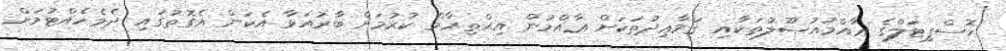
ހޮސްޕިޓަލްގެ ޢާއްމުއުޞޫލުތަކާއި ޤަވާޢިދުތަކަށް ޢާއްމުން އިޙްތިރާމް ކުރުމަށް ބާރުއަޅާ އެކަން އެގޮތުގައި ދެމެހެއްޓުމަށް